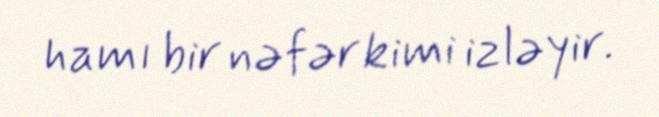
hamı bir nəfər kimi izləyir.